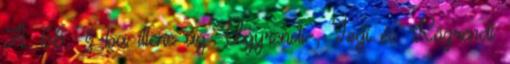
A 66. §-ba illene az Ügyrendi-, Jogi és Közrendi